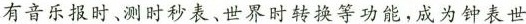
有音乐报时、测时秒表、世界时转换等功能，成为钟表世